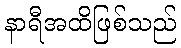
နာရီအထိဖြစ်သည်